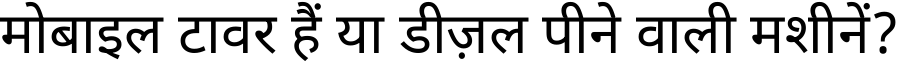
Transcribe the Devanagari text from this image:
मोबाइल टावर हैं या डीज़ल पीने वाली मशीनें?